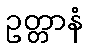
ဥတ္တာနံ